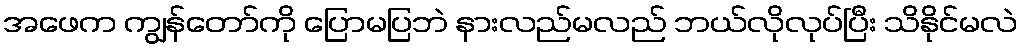
အဖေက ကျွန်တော်ကို ပြောမပြဘဲ နားလည်မလည် ဘယ်လိုလုပ်ပြီး သိနိုင်မလဲ